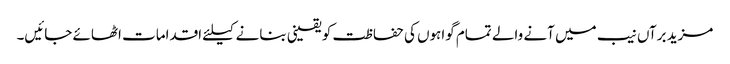
مزید برآں نیب میں آنے والے تمام گواہوں کی حفاظت کو یقینی بنانے کیلئے اقدامات اٹھائے جائیں۔